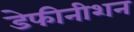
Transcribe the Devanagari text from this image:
डेफीनीशन